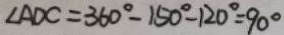
\angle A D C = 3 6 0 ^ { \circ } - 1 5 0 ^ { \circ } - 1 2 0 ^ { \circ } = 9 0 ^ { \circ }